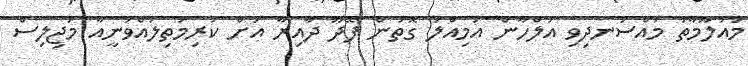
މައުލޫމާތު މުއްސަނދިވި އަލްހާން އަމިއްލަ ގޮތުން ފޭދޫ ދާއިރާ އަށް ކުރިމަތިލައްވަނީއާ މަޖިލިސް